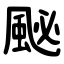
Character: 䫾